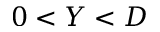
0 < Y < D